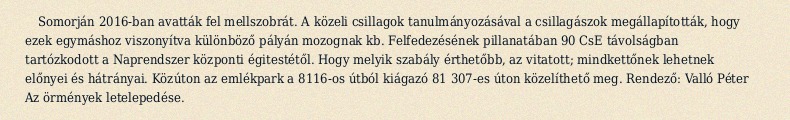
Somorján 2016-ban avatták fel mellszobrát. A közeli csillagok tanulmányozásával a csillagászok megállapították, hogy ezek egymáshoz viszonyítva különböző pályán mozognak kb. Felfedezésének pillanatában 90 CsE távolságban tartózkodott a Naprendszer központi égitestétől. Hogy melyik szabály érthetőbb, az vitatott; mindkettőnek lehetnek előnyei és hátrányai. Közúton az emlékpark a 8116-os útból kiágazó 81 307-es úton közelíthető meg. Rendező: Valló Péter Az örmények letelepedése.